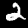
Label: 2